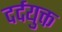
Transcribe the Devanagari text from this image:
दर्दयुक्त